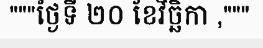
"""ថ្ងៃទី ២០ ខែវិច្ឆិកា ,"""